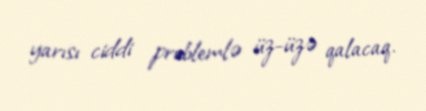
yarısı ciddi problemlə üz-üzə qalacaq.